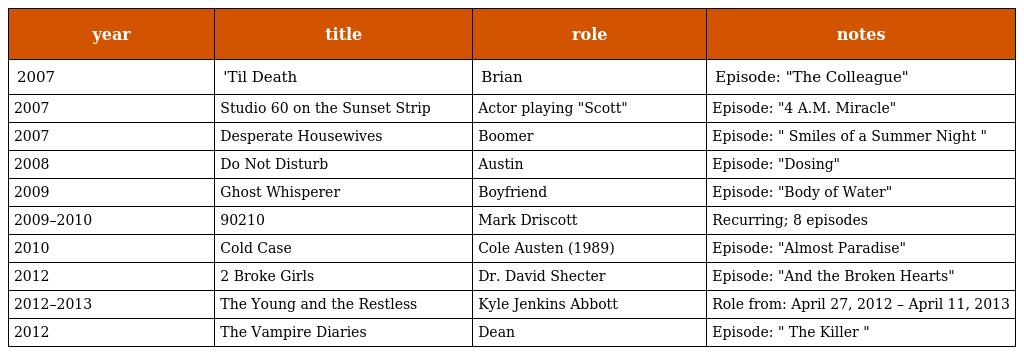
| year | title | role | notes |
 | --- | --- | --- | --- |
 | 2007 | 'Til Death | Brian | Episode: "The Colleague" |
 | 2007 | Studio 60 on the Sunset Strip | Actor playing "Scott" | Episode: "4 A.M. Miracle" |
 | 2007 | Desperate Housewives | Boomer | Episode: " Smiles of a Summer Night " |
 | 2008 | Do Not Disturb | Austin | Episode: "Dosing" |
 | 2009 | Ghost Whisperer | Boyfriend | Episode: "Body of Water" |
 | 2009–2010 | 90210 | Mark Driscott | Recurring; 8 episodes |
 | 2010 | Cold Case | Cole Austen (1989) | Episode: "Almost Paradise" |
 | 2012 | 2 Broke Girls | Dr. David Shecter | Episode: "And the Broken Hearts" |
 | 2012–2013 | The Young and the Restless | Kyle Jenkins Abbott | Role from: April 27, 2012 – April 11, 2013 |
 | 2012 | The Vampire Diaries | Dean | Episode: " The Killer " |